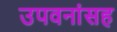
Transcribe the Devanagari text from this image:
उपवनांसह